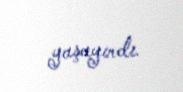
yaşayırdı.